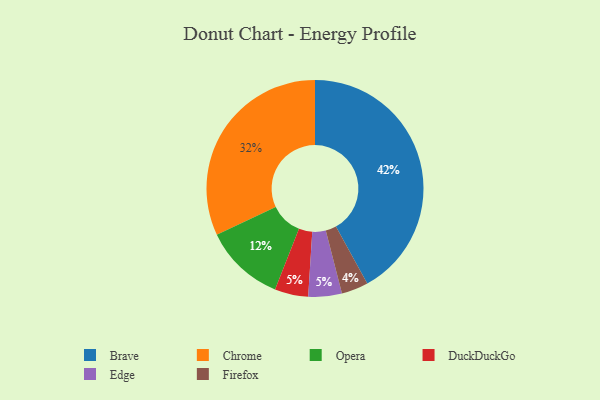
{"axis": {"x": "Category", "y": "Percentage"}, "legend": ["Brave", "Chrome", "DuckDuckGo", "Edge", "Firefox", "Opera"], "data": [{"x": "DuckDuckGo", "y": 5, "type": "DuckDuckGo"}, {"x": "Chrome", "y": 32, "type": "Chrome"}, {"x": "Firefox", "y": 4, "type": "Firefox"}, {"x": "Edge", "y": 5, "type": "Edge"}, {"x": "Brave", "y": 42, "type": "Brave"}, {"x": "Opera", "y": 12, "type": "Opera"}]}